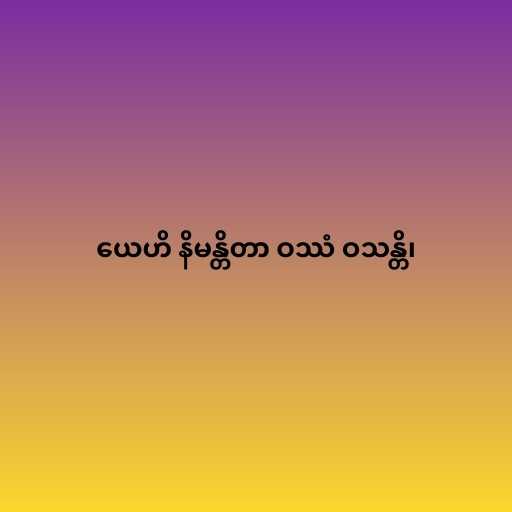
ယေဟိ နိမန္တိတာ ဝဿံ ဝသန္တိ၊